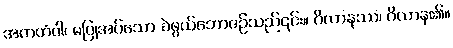
အကတံဝါ၊ မပြုအပ်သော ခဲဖွယ်ဘောဇဉ်သည်၎င်း။ ဂိလာနဿ၊ ဂိလာန၏။